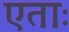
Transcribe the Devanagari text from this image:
एताः